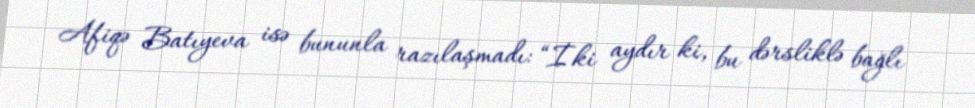
Afiqə Batıyeva isə bununla razılaşmadı: “İki aydır ki, bu dərsliklə bağlı